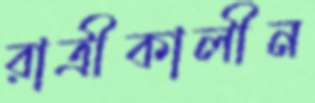
রাত্রীকালীন